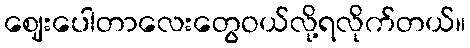
ဈေးပေါတာလေးတွေဝယ်လို့ရလိုက်တယ်။